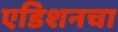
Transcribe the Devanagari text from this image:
एडिशनचा